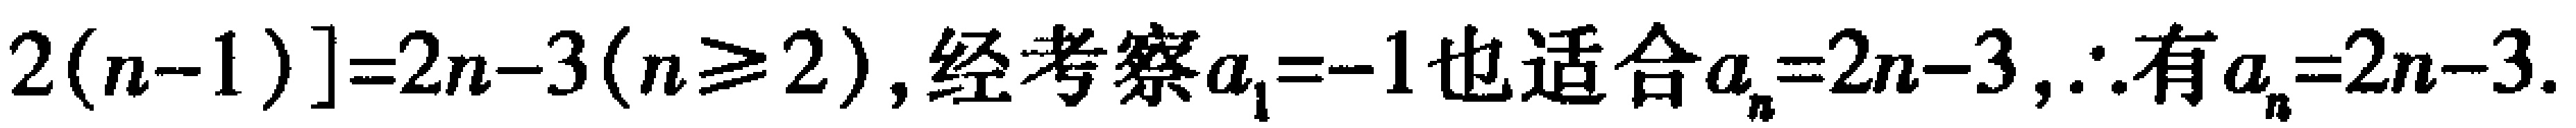
$2(n - 1)] = 2n - 3(n\geq2),经考察a_{1} = - 1也适合a_{n}=2n - 3,\therefore 有a_{n}=2n - 3.$